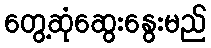
တွေ့ဆုံဆွေးနွေးမည်